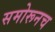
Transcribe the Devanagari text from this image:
समोरूनच